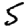
Digit: 5